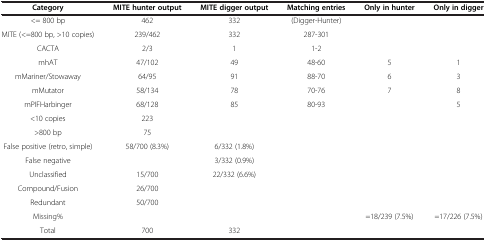
<table><thead><tr><td><b>Category</b></td><td><b>MITE hunter output</b></td><td><b>MITE digger output</b></td><td><b>Matching entries</b></td><td><b>Only in hunter</b></td><td><b>Only in digger</b></td></tr></thead><tbody><tr><td>&lt;= 800 bp</td><td>462</td><td>332</td><td>(Digger-Hunter)</td><td> </td><td> </td></tr><tr><td>MITE (&lt;=800 bp, &gt;10 copies)</td><td>239/462</td><td>332</td><td>287-301</td><td> </td><td> </td></tr><tr><td>CACTA</td><td>2/3</td><td>1</td><td>1-2</td><td> </td><td> </td></tr><tr><td>mhAT</td><td>47/102</td><td>49</td><td>48-60</td><td>5</td><td>1</td></tr><tr><td>mMariner/Stowaway</td><td>64/95</td><td>91</td><td>88-70</td><td>6</td><td>3</td></tr><tr><td>mMutator</td><td>58/134</td><td>78</td><td>70-76</td><td>7</td><td>8</td></tr><tr><td>mPIFHarbinger</td><td>68/128</td><td>85</td><td>80-93</td><td> </td><td>5</td></tr><tr><td>&lt;10 copies</td><td>223</td><td> </td><td> </td><td> </td><td> </td></tr><tr><td>&gt;800 bp</td><td>75</td><td> </td><td> </td><td> </td><td> </td></tr><tr><td>False positive (retro, simple)</td><td>58/700 (8.3%)</td><td>6/332 (1.8%)</td><td> </td><td> </td><td> </td></tr><tr><td>False negative</td><td> </td><td>3/332 (0.9%)</td><td> </td><td> </td><td> </td></tr><tr><td>Unclassified</td><td>15/700</td><td>22/332 (6.6%)</td><td> </td><td> </td><td> </td></tr><tr><td>Compound/Fusion</td><td>26/700</td><td> </td><td> </td><td> </td><td> </td></tr><tr><td>Redundant</td><td>50/700</td><td> </td><td> </td><td> </td><td> </td></tr><tr><td>Missing%</td><td> </td><td> </td><td> </td><td>=18/239 (7.5%)</td><td>=17/226 (7.5%)</td></tr><tr><td>Total</td><td>700</td><td>332</td><td> </td><td> </td><td> </td></tr></tbody></table>